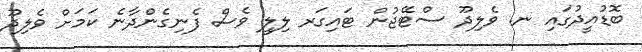
ބޮޑުއީދުގައި ނ. ވެލިދޫ ސްޓޭޖުން ޓައިގަރ ލިލީ ވެސް ފެނިގެންދާނެ ކަމަަށް ވެލިދޫ